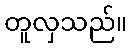
တူလှသည်။